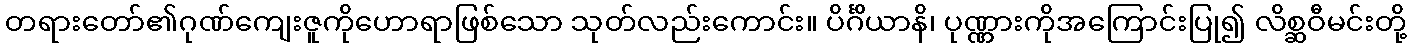
တရားတော်၏ဂုဏ်ကျေးဇူကိုဟောရာဖြစ်သော သုတ်လည်းကောင်း။ ပိင်္ဂိယာနိ၊ ပုဏ္ဏားကိုအကြောင်းပြု၍ လိစ္ဆဝီမင်းတို့